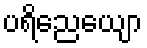
ပရိညေယျော